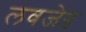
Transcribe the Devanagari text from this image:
लवजेड